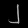
Digit: ၂